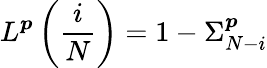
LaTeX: L^{\boldsymbol{p}}\left(\frac{i}{N}\right)=1-\Sigma_{N-i}^{\boldsymbol{p}}